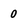
Character: 0